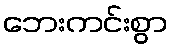
ဘေးကင်းစွာ